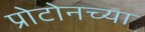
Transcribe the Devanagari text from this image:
प्रोटोनच्या